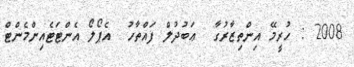
2008 : ހުރީމޭ އިންތިޒާރުގާ  ޢަބުދުލް ފައްތާހު  އެޕޯލޯ އެންޓަޓެއިންމެންޓް